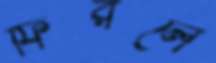
ফিরলে